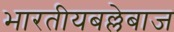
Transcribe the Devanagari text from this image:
भारतीयबल्लेबाज